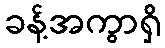
ခန့်အကွာရှိ